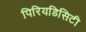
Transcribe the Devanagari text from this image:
पिरियडिसिटी